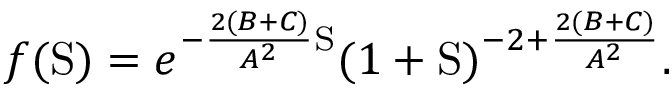
f ( \mathrm { S } ) = e ^ { - \frac { 2 ( B + C ) } { A ^ { 2 } } \mathrm { S } } ( 1 + \mathrm { S } ) ^ { - 2 + \frac { 2 ( B + C ) } { A ^ { 2 } } } .